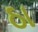
ઠા